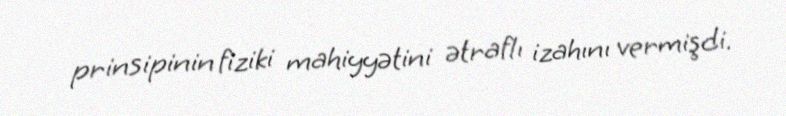
prinsipinin fiziki mahiyyətini ətraflı izahını vermişdi.